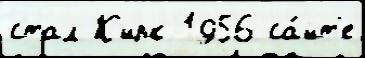
стал К'ирк 1956 са́йт'е